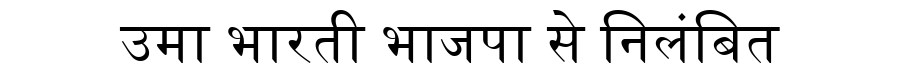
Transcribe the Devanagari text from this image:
उमा भारती भाजपा से निलंबित